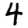
Digit: 4